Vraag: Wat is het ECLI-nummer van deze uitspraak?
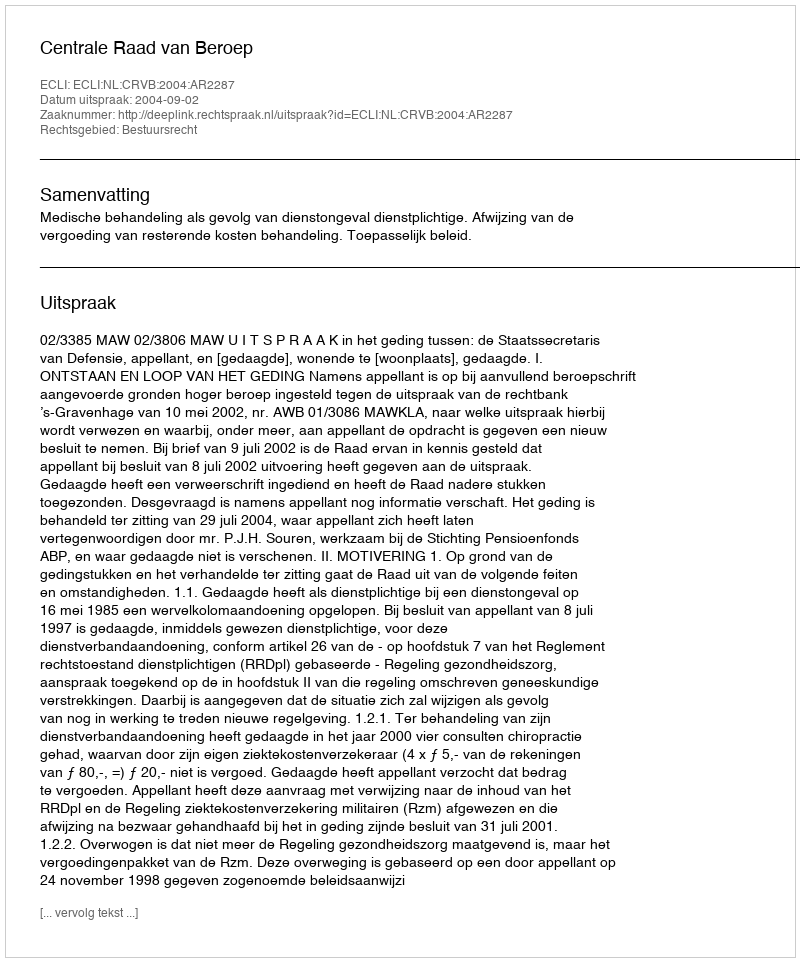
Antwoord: ECLI:NL:CRVB:2004:AR2287